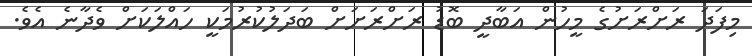
މިފަދަ ރަށްރަށުގެ މީހުން އަބާދީ ބޮޑު ރަށްރަށަށް ބަދަލުކުރުމަކީ ހައްލަކަށް ވެދާނެ އެވެ.